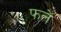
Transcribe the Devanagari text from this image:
फलें